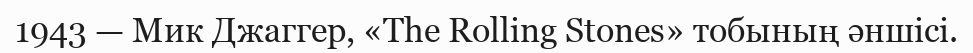
1943 — Мик Джаггер, «The Rolling Stones» тобының әншісі.